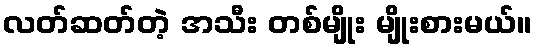
လတ်ဆတ်တဲ့ အသီး တစ်မျိုး မျိုးစားမယ်။